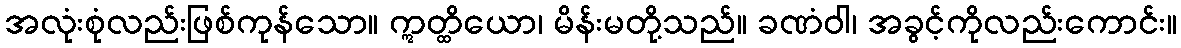
အလုံးစုံလည်းဖြစ်ကုန်သော။ ဣတ္ထိယော၊ မိန်းမတို့သည်။ ခဏံဝါ၊ အခွင့်ကိုလည်းကောင်း။